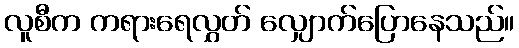
လူစီက ကရားရေလွှတ် လျှောက်ပြောနေသည်။